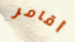
أقامر